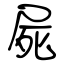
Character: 屍